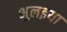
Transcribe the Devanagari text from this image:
भुलइया